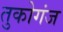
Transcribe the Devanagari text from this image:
तुकोगंज